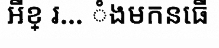
អីខ្ រ... ំងមកនធើ